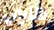
هاري